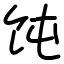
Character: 饨